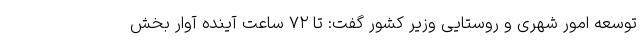
توسعه امور شهری و روستایی وزیر کشور گفت: تا ۷۲ ساعت آینده آوار بخش